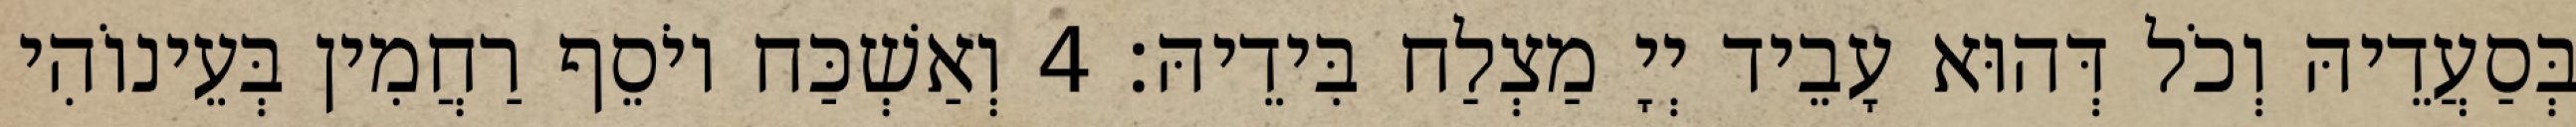
בְּסַעֲדֵיהּ וְכֹל דְּהוּא עָבֵיד יְיָ מַצְלַח בִּידֵיהּ׃ 4 וְאַשְׁכַּח יוֹסֵף רַחֲמִין בְּעֵינוֹהִי